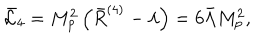
LaTeX: \bar { \cal L } _ { 4 } = M _ { p } ^ { 2 } \left( \bar { R } ^ { ( 4 ) } - \lambda \right) = 6 \bar { \Lambda } M _ { p } ^ { 2 } ,